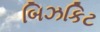
બિઝકિટ